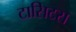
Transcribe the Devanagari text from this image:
टासिटस